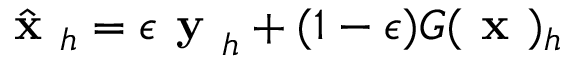
\hat { \textbf { x } } _ { h } = \epsilon \textbf { y } _ { h } + ( 1 - \epsilon ) G ( \textbf { x } ) _ { h }